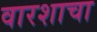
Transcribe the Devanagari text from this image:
वारशाचा